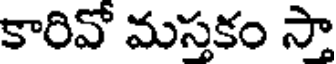
కారివో మస్తకం సా